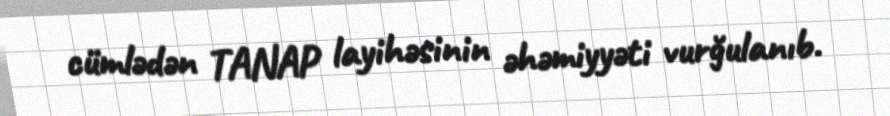
cümlədən TANAP layihəsinin əhəmiyyəti vurğulanıb.